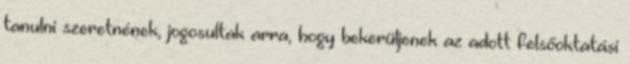
tanulni szeretnének, jogosultak arra, hogy bekerüljenek az adott felsőoktatási